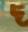
দ